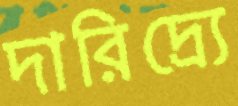
দারিদ্র্যে